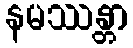
နမဿန္တာ